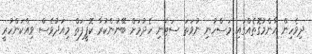
ދިވެހިން އާންމުގޮތެއްގައި މަސްހުނި ނުވަތަ ސަޓަނި ހެދުމަށް ބޭނުންކުރާ ކޮޕީފަތް މިއަދުވެސް ވިއްކަންހުރީ